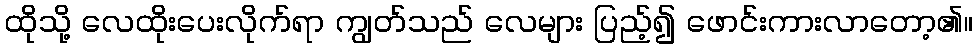
ထိုသို့ လေထိုးပေးလိုက်ရာ ကျွတ်သည် လေများ ပြည့်၍ ဖောင်းကားလာတော့၏။